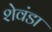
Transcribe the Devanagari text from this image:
शेवंडा